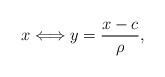
LaTeX: \begin{align*}x\Longleftrightarrow y=\frac{x-c}{\rho},\end{align*}